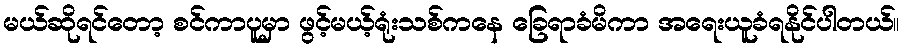
မယ်ဆိုရင်တော့ စင်ကာပူမှာ ဖွင့်မယ့်ရုံးသစ်ကနေ ခြေရာခံမိကာ အရေးယူခံရနိုင်ပါတယ်။